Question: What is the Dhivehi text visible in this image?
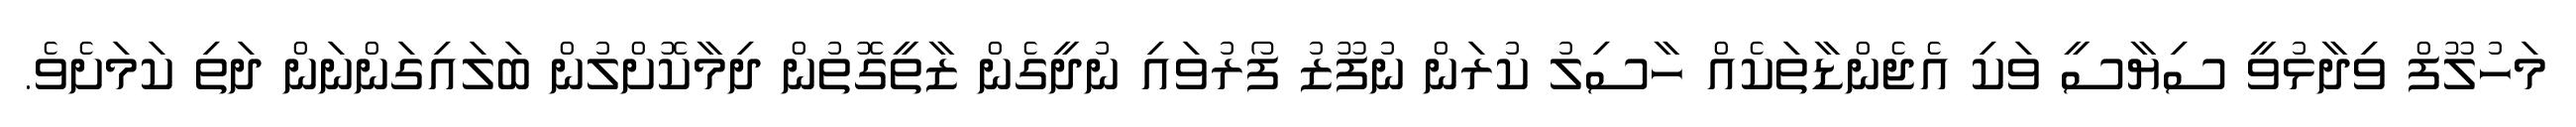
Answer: މަހުލޫފް ވިދާޅުވީ ސިޔާސީ ވަކި އެޖެންޑާތަކެއް ހާސިލު ކުރަން ނުފޫޒު ފޯރުވައި ނުދީގެން ޒާތީގޮތުން ދިމާކޮށްލުން ބަލައިގަންނަން ދަތި ކަމަށެވެ.